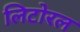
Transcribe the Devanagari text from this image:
लिटोरल